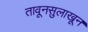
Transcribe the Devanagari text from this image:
तावूनसुलाखून